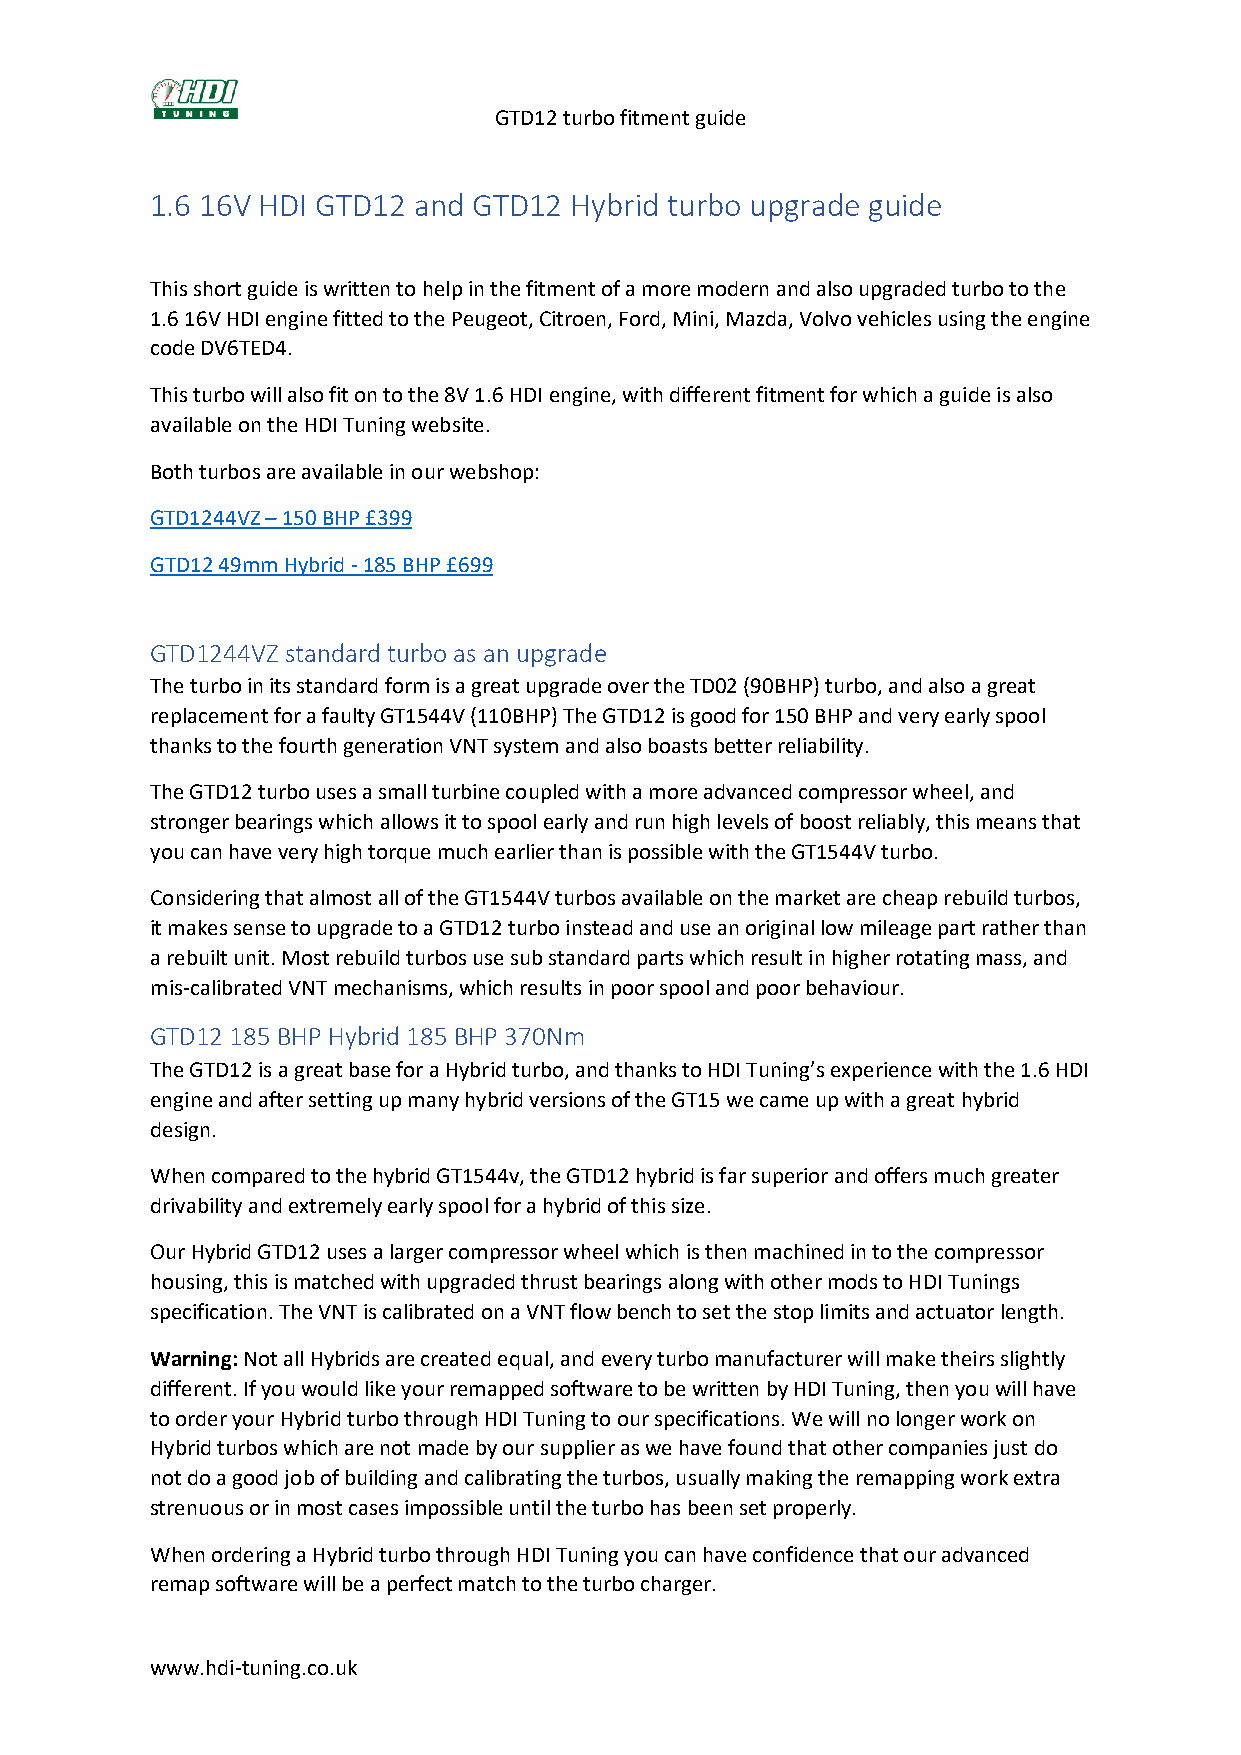
GTD12 turbo fitment guide
 1.6 16V HDI GTD12 and GTD12 Hybrid turbo upgrade guide
 This short guide is written to help in the fitment of a more modern and also upgraded turbo to the
 1.6 16V HDI engine fitted to the Peugeot, Citroen, Ford, Mini, Mazda, Volvo vehicles using the engine
 code DV6TED4.
 This turbo will also fit on to the 8V 1.6 HDI engine, with different fitment for which a guide is also
 available on the HDI Tuning website.
 Both turbos are available in our webshop:
 GTD1244VZ – 150 BHP £399
 GTD12 49mm Hybrid - 185 BHP £699
 GTD1244VZ standard turbo as an upgrade
 The turbo in its standard form is a great upgrade over the TD02 (90BHP) turbo, and also a great
 replacement for a faulty GT1544V (110BHP) The GTD12 is good for 150 BHP and very early spool
 thanks to the fourth generation VNT system and also boasts better reliability.
 The GTD12 turbo uses a small turbine coupled with a more advanced compressor wheel, and
 stronger bearings which allows it to spool early and run high levels of boost reliably, this means that
 you can have very high torque much earlier than is possible with the GT1544V turbo.
 Considering that almost all of the GT1544V turbos available on the market are cheap rebuild turbos,
 it makes sense to upgrade to a GTD12 turbo instead and use an original low mileage part rather than
 a rebuilt unit. Most rebuild turbos use sub standard parts which result in higher rotating mass, and
 mis-calibrated VNT mechanisms, which results in poor spool and poor behaviour.
 GTD12 185 BHP Hybrid 185 BHP 370Nm
 The GTD12 is a great base for a Hybrid turbo, and thanks to HDI Tuning’s experience with the 1.6 HDI
 engine and after setting up many hybrid versions of the GT15 we came up with a great hybrid
 design.
 When compared to the hybrid GT1544v, the GTD12 hybrid is far superior and offers much greater
 drivability and extremely early spool for a hybrid of this size.
 Our Hybrid GTD12 uses a larger compressor wheel which is then machined in to the compressor
 housing, this is matched with upgraded thrust bearings along with other mods to HDI Tunings
 specification. The VNT is calibrated on a VNT flow bench to set the stop limits and actuator length.
 Warning: Not all Hybrids are created equal, and every turbo manufacturer will make theirs slightly
 different. If you would like your remapped software to be written by HDI Tuning, then you will have
 to order your Hybrid turbo through HDI Tuning to our specifications. We will no longer work on
 Hybrid turbos which are not made by our supplier as we have found that other companies just do
 not do a good job of building and calibrating the turbos, usually making the remapping work extra
 strenuous or in most cases impossible until the turbo has been set properly.
 When ordering a Hybrid turbo through HDI Tuning you can have confidence that our advanced
 remap software will be a perfect match to the turbo charger.
 www.hdi-tuning.co.uk